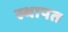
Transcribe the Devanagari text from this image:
स्थापत